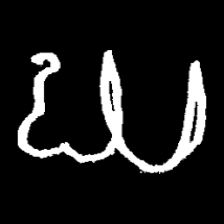
Pyu character \u2014 Myanmar letter: ဃ (romanized: gha)